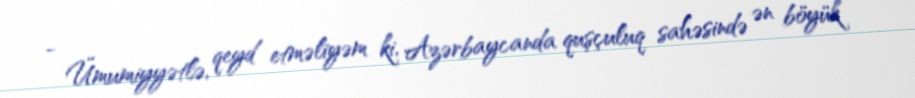
- Ümumiyyətlə, qeyd etməliyəm ki, Azərbaycanda quşçuluq sahəsində ən böyük